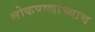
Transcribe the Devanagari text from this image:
लोकपालांच्याच